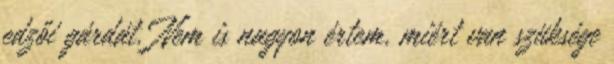
edzői gárdát. Nem is nagyon értem, miért van szüksége